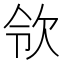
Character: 𣢝